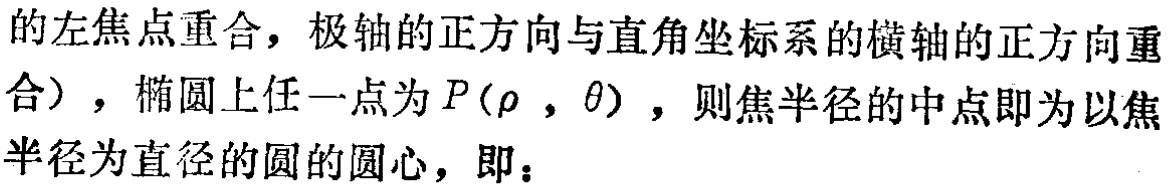
的左焦点重合，极轴的正方向与直角坐标系的横轴的正方向重
合），椭圆上任一点为\(P(\rho,\theta)\)，则焦半径的中点即为以焦
半径为直径的圆的圆心，即：